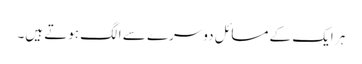
ہر ایک کے مسائل دوسرے سے الگ ہوتے ہیں۔